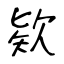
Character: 欵